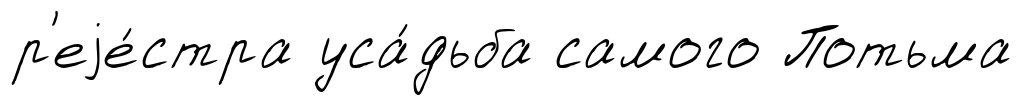
р'еjе́стра уса́дьба самого Потьма